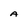
Character: A